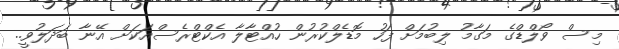
މިސް ވޯލްޑްގެ މަގާމު ލިބުމަށް ފަހު މޮޑެލްކުރުން ހުއްޓާލާ އެކްޓްރެސްއަކަށް އޭނާ ބަދަލުވީ..